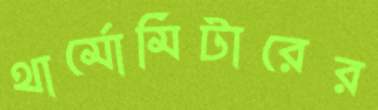
থার্মোমিটারের